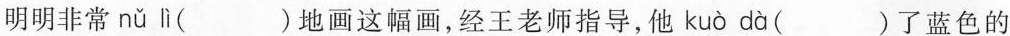
明明非常 nǔ lì ( )地画这幅画，经王老师指导，他 kuò dà ( )了蓝色的